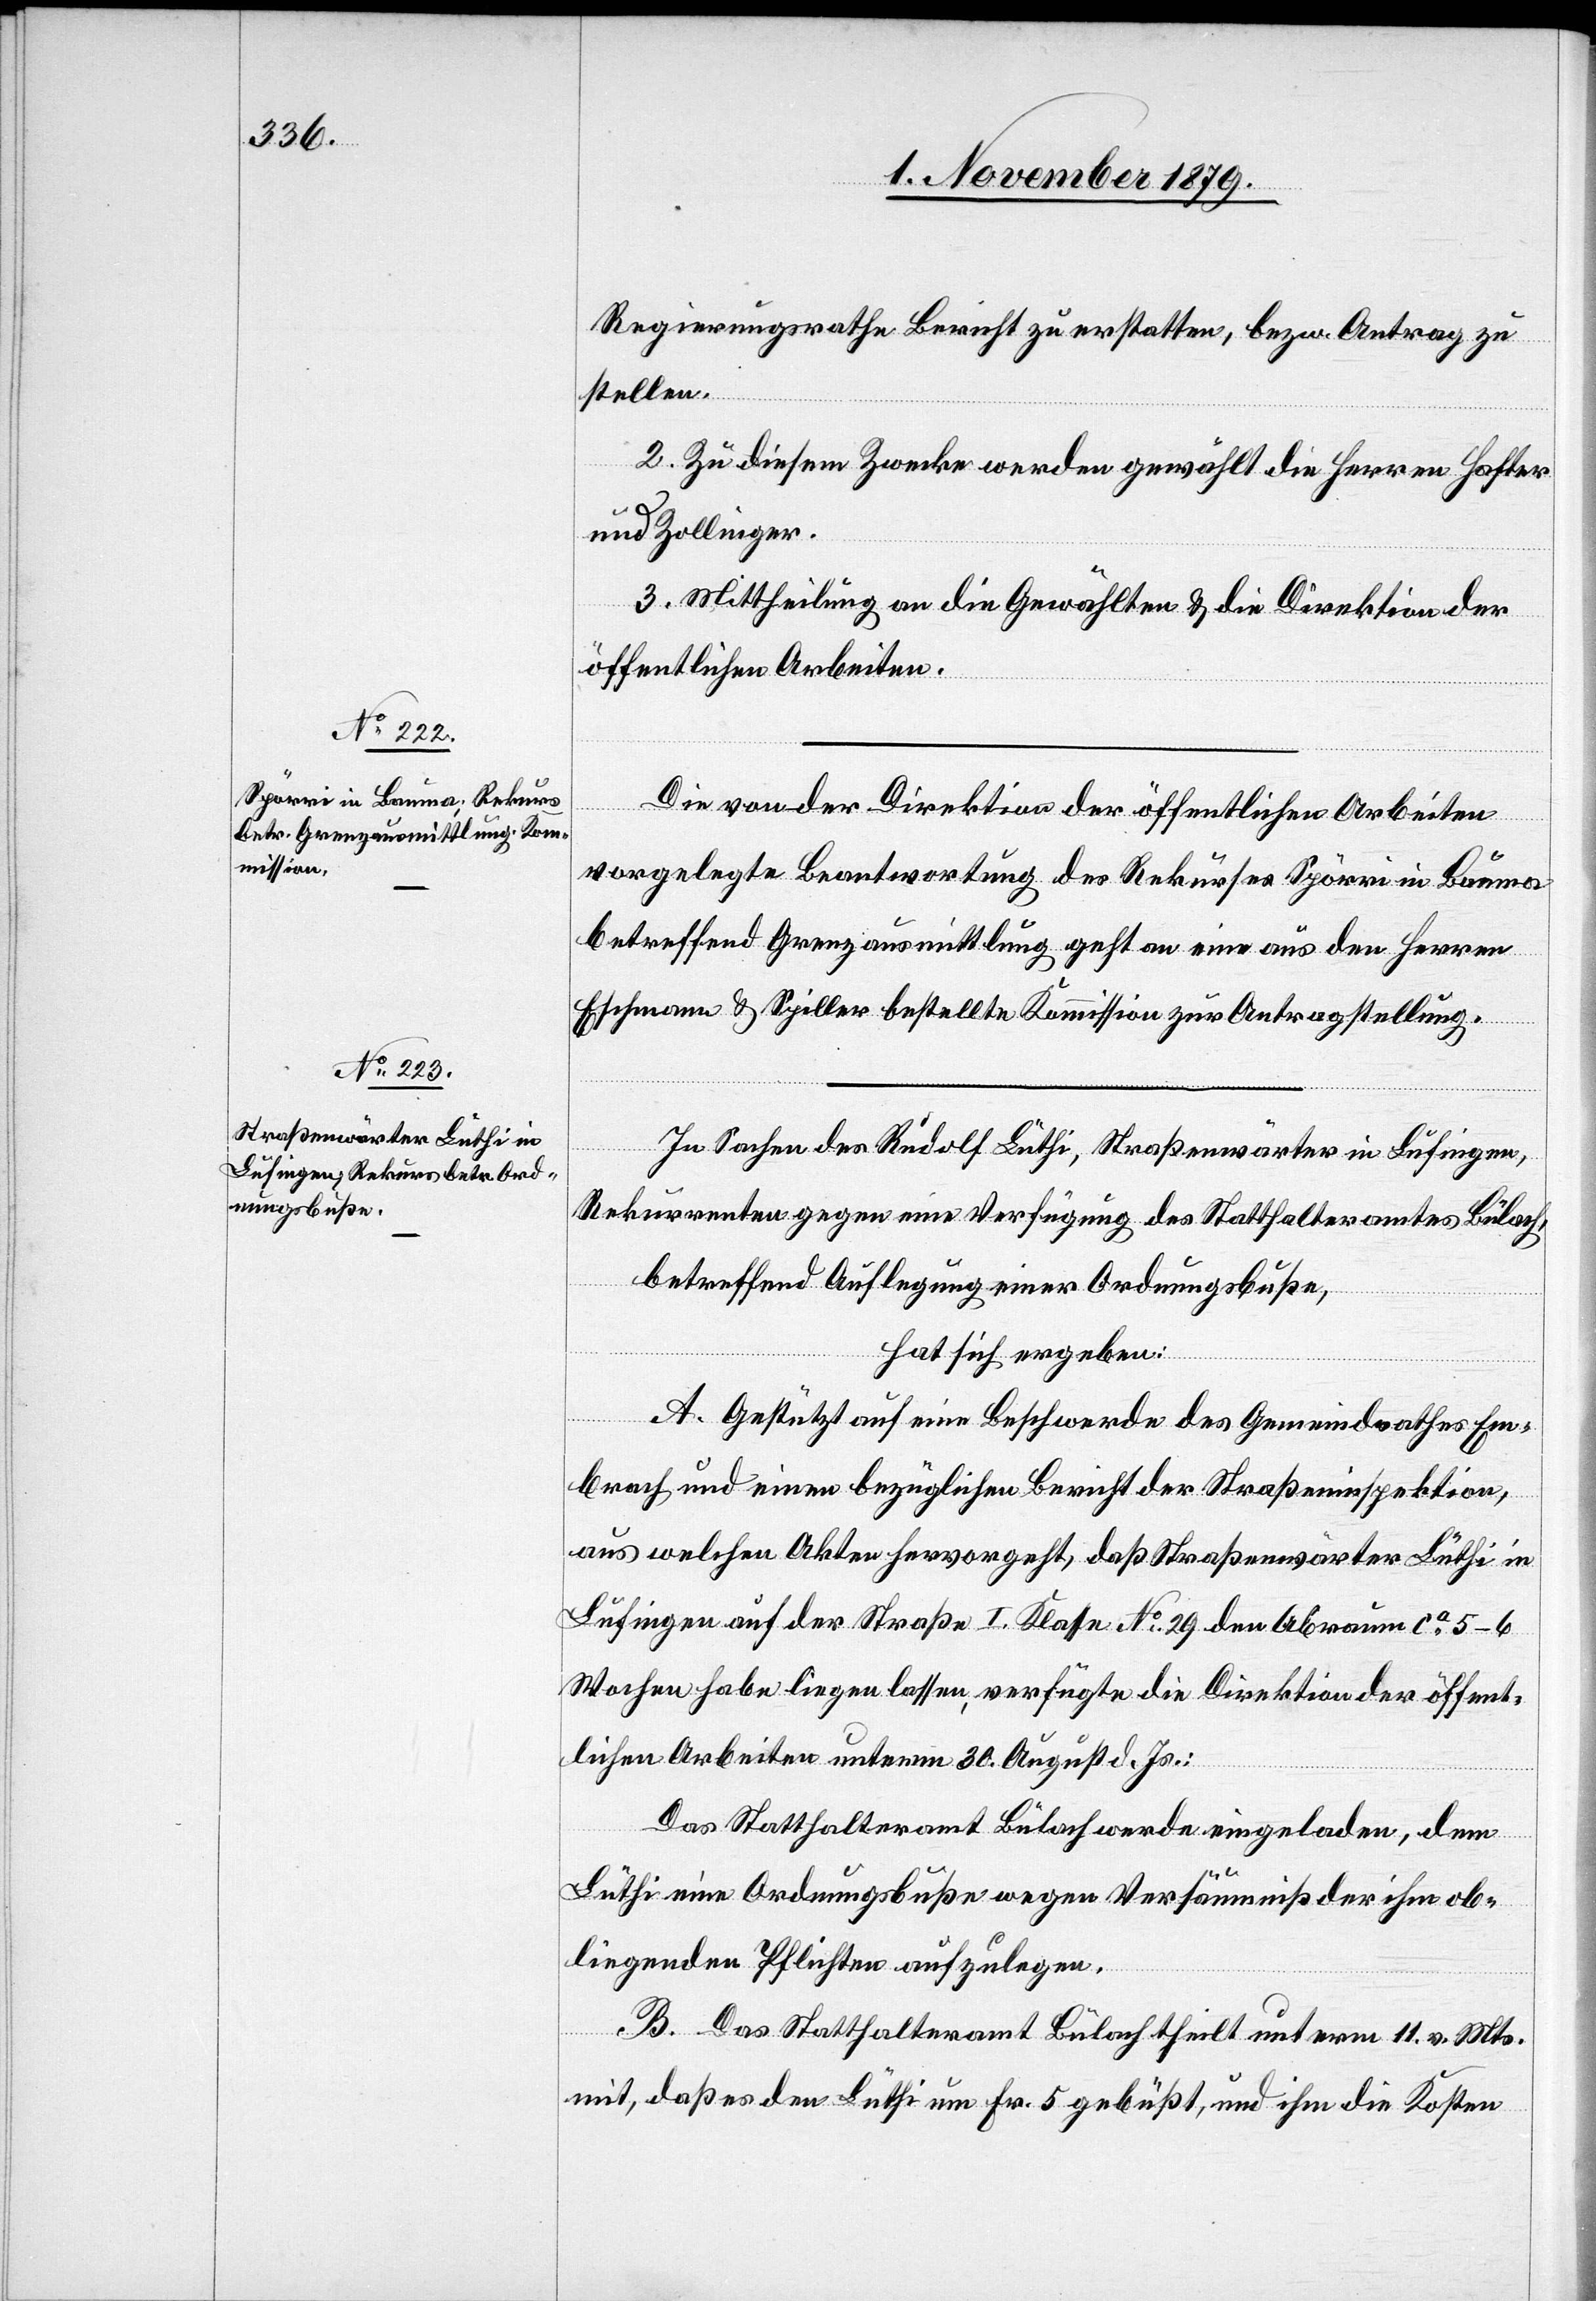
Regierungsrathe Bericht zu erstatten, bezw. Antrag zu
stellen.
2. Zu diesem Zwecke werden gewählt die Herren Hafter
und Zollinger.
3. Mittheilung an die Gewählten & die Direktion der
öffentlichen Arbeiten.
Die von der Direktion der öffentlichen Arbeiten
vorgelegte Beantwortung des Rekurses Spörri in Bauma
betreffend Grenzausmittlung geht an eine aus den Herren
Eschmann & Spiller bestellte Kommission zur Antragstellung.
In Sachen des Rudolf Lüthi, Straßenwärter in Lufingen,
Rekurrenten gegen eine Verfügung des Statthalteramtes Bülach,
betreffend Auflegung einer Ordnungsbuße,
hat sich ergeben:
A. Gestützt auf eine Beschwerde des Gemeindrathes Em¬
brach und einen bezüglichen Bericht der Straßeninspektion,
aus welchen Akten hervorgeht, daß Straßenwärter Lüthi in
Lufingen auf der Straße I. Klasse No 29 den Abraum ca 5–6
Wochen habe liegen lassen, verfügte die Direktion der öffent¬
lichen Arbeiten unterm 30. August d. Js.:
Das Statthalteramt Bülach werde eingeladen, dem
Lüthi eine Ordnungsbuße wegen Versäumniß der ihm ob¬
liegenden Pflichten aufzulegen.
B. Das Statthalteramt Bülach theilt unterm 11. v. Mts
mit, daß es den Lüthi um Fr. 5 gebüßt, und ihm die Kosten